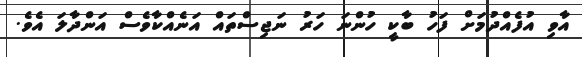
އާވި އުފެއްދުމަށް ފަހު ބާކީ ހުންނަ ހަރު ނަޖިސްތައް އަނެއްކާވެސް އަންދާލަ އެވެ.